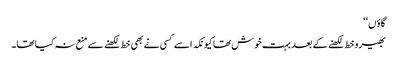
گاؤں‘‘
بھیرو خط لکھنے کے بعد بہت خوش تھا کیونکہ اسے کسی نے بھی خط لکھنے سے منع نہ کیا تھا۔